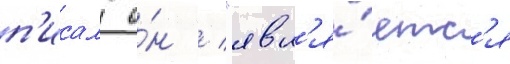
п'исал о́н / "явл'я́етс'я